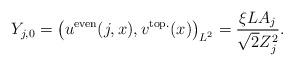
LaTeX: \begin{align*}Y_{j,0} = \left(u^{\rm even}(j,x),v^{\rm top.}(x) \right)_{L^2} =\frac{\xi L A_j}{\sqrt{2} Z_j^2}.\end{align*}